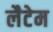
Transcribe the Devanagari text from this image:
लैटेम